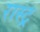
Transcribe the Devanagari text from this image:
रास्ट्र